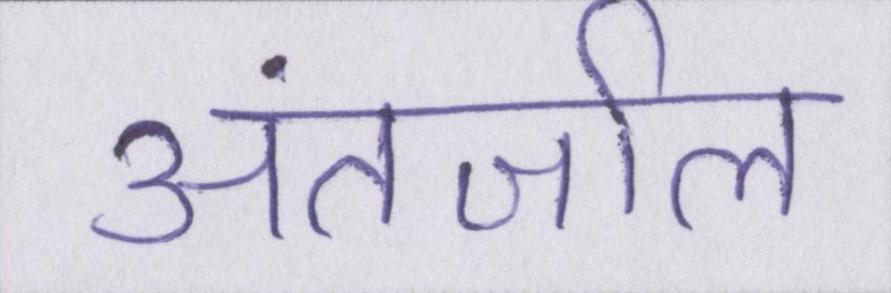
अंतर्जाल